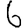
Digit: 6